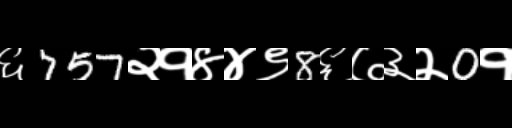
Text: ६757२१४४९8६७३२0१